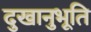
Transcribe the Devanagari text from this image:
दुखानुभूति